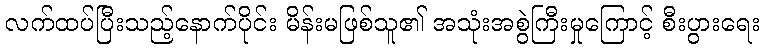
လက်ထပ်ပြီးသည့်နောက်ပိုင်း မိန်းမဖြစ်သူ၏ အသုံးအစွဲကြီးမှုကြောင့် စီးပွားရေး